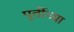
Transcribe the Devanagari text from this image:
पूर्तीच्या